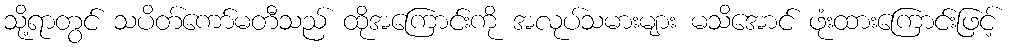
သို့ရာတွင် သပိတ်ကော်မတီသည် ထိုအကြောင်းကို အလုပ်သမားများ မသိအောင် ဖုံးထားကြောင်းဖြင့်